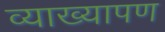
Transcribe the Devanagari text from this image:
व्याख्यापण